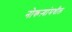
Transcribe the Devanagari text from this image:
नोकऱ्यांमधील